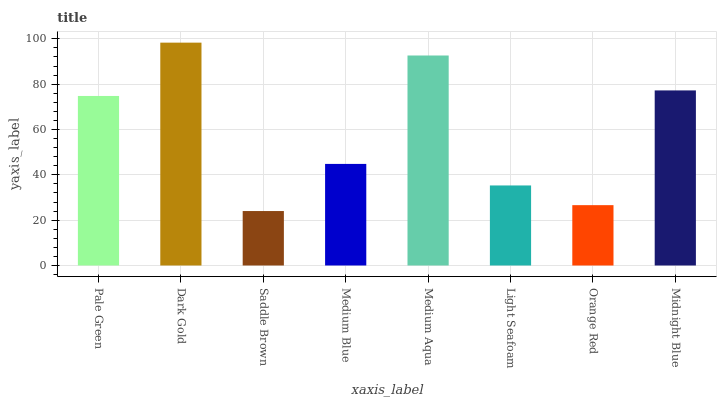
| xaxis_label | bars |
 | --- | --- |
 | Pale Green | 74.8 |
 | Dark Gold | 98.3 |
 | Saddle Brown | 24 |
 | Medium Blue | 44.8 |
 | Medium Aqua | 92.6 |
 | Light Seafoam | 35.3 |
 | Orange Red | 26.6 |
 | Midnight Blue | 77.2 |